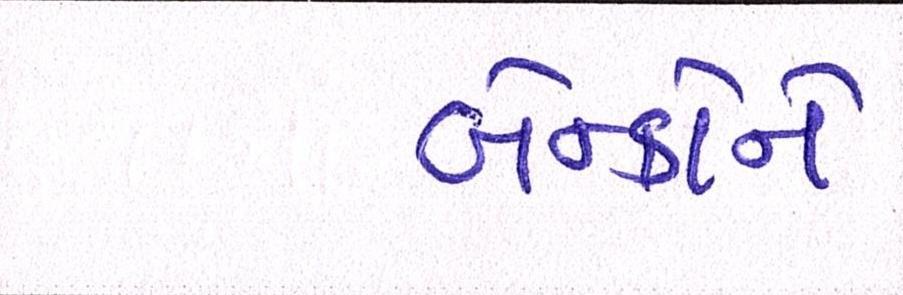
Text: બેન્કોને